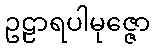
ဥဠာရပါမုဇ္ဇော